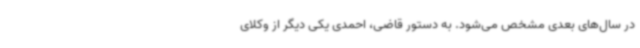
در سال‌های بعدی مشخص می‌شود. به دستور قاضی، احمدی یکی دیگر از وکلای